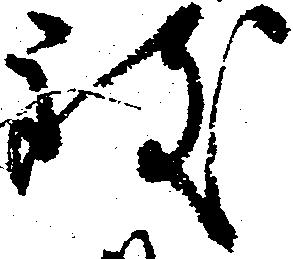
致